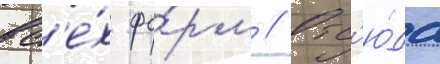
вс'е́х фо́рм // Отс'ю́да